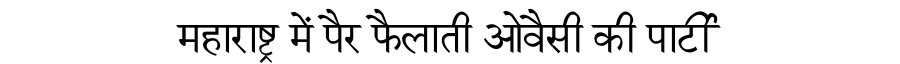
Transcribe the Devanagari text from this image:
महाराष्ट्र में पैर फैलाती ओवैसी की पार्टी